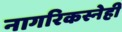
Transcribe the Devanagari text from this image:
नागरिकस्नेही